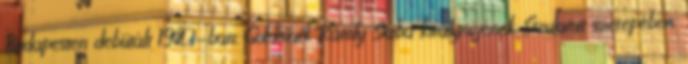
Budapesten debütált 1923-ban, Goldmark Károly Sába királynőjének Szulamit szerepében.